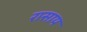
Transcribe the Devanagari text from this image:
रासाय